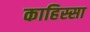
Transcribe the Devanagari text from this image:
काहिस्सा